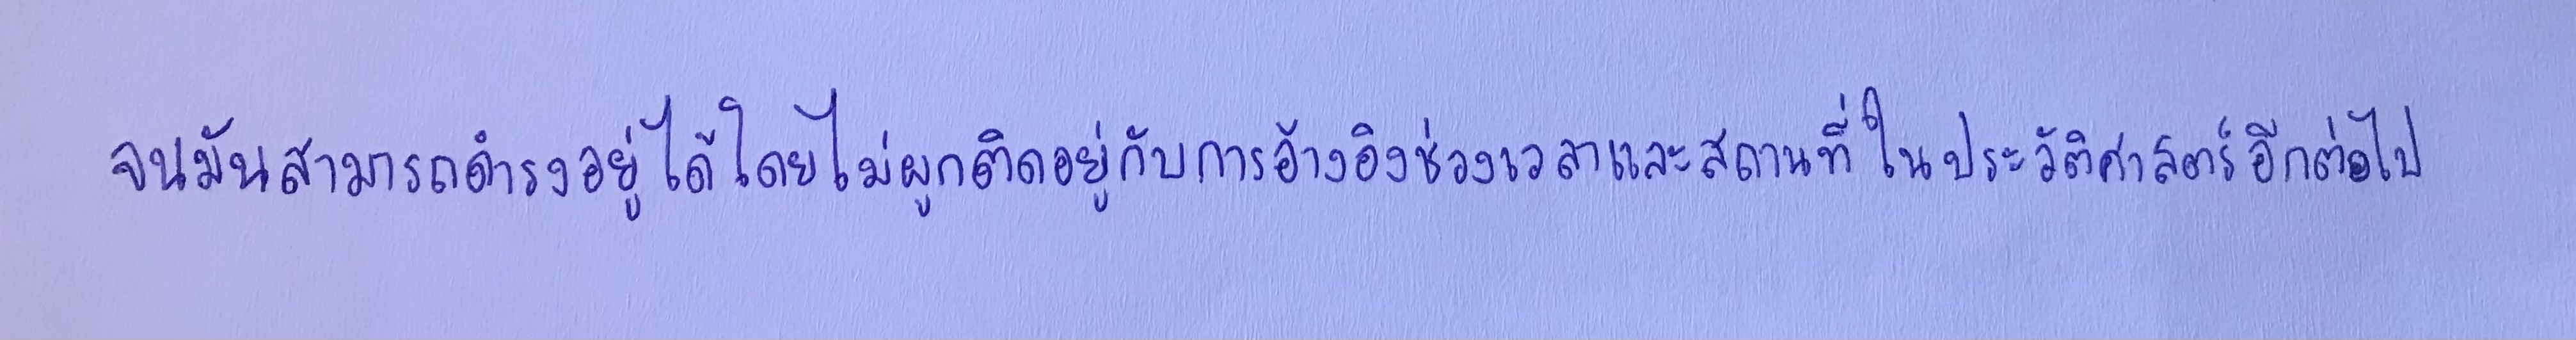
จนมันสามารถดำรงอยู่ได้โดยไม่ผูกติดอยู่กับการอ้างอิงช่วงเวลาและสถานที่ในประวัติศาสตร์อีกต่อไป